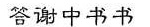
答谢中书书